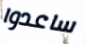
ساعدوا